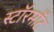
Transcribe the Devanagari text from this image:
स्टॉरमाँट